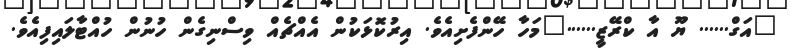
"އަގް...... ޔޫ އާ ކްރޭޒީ......"މަހާ ހޭންފެށިއެވެ. އިރުކޮޅަކުން އެއްޗެއް ވިސްނިގެން ހުނުން ހުއްޓާލައިފިއެވެ.